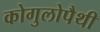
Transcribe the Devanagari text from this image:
कोगुलोपैथी